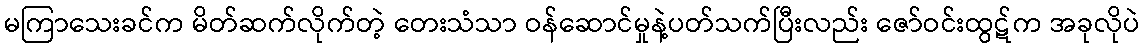
မကြာသေးခင်က မိတ်ဆက်လိုက်တဲ့ တေးသံသာ ဝန်ဆောင်မှုနဲ့ပတ်သက်ပြီးလည်း ဇော်ဝင်းထွဋ်က အခုလိုပဲ